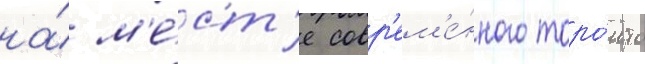
на́ м'е́ст'е совр'ем'е́нного торо́нто